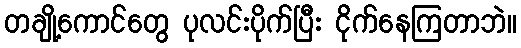
တချို့ကောင်တွေ ပုလင်းပိုက်ပြီး ငိုက်နေကြတာဘဲ။